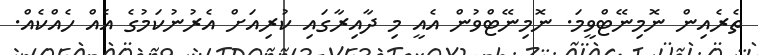
ތެރެއިން ނޮމިނޭޓްވީމަ. ނޮމިނޭޓްވުން އެއީ މި ދާއިރާގައި ކުރިއަށް އެރުނުކަމުގެ އެއް ހެއްކެއް.